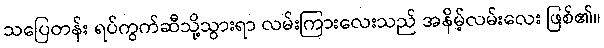
သပြေတန်း ရပ်ကွက်ဆီသို့သွားရာ လမ်းကြားလေးသည် အနိမ့်လမ်းလေး ဖြစ်၏။